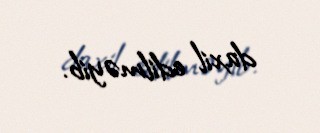
daxil edilməyib.